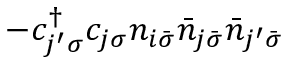
- c _ { j ^ { \prime } \sigma } ^ { \dagger } c _ { j \sigma } n _ { i \bar { \sigma } } \bar { n } _ { j \bar { \sigma } } \bar { n } _ { j ^ { \prime } \bar { \sigma } }